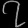
Digit: ၇